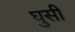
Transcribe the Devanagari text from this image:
घुसीं